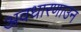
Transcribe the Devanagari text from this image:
अवधारणाउन